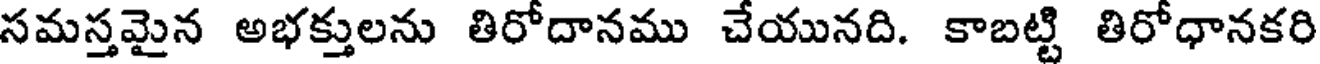
సమస్తమైన అభక్తులను తిరోదానము చేయునది. కాబట్టి తిరోధానకరి